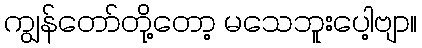
ကျွန်တော်တို့တော့ မသေဘူးပေါ့ဗျာ။